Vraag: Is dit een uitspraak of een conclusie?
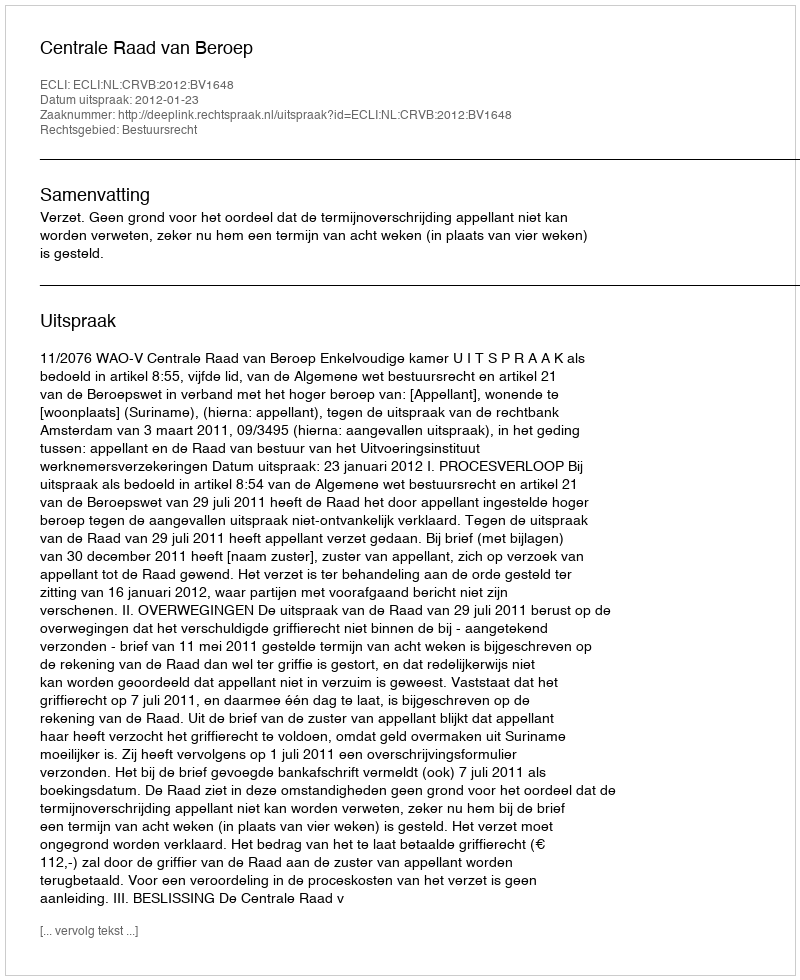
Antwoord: Uitspraak